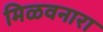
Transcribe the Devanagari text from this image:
मिळवनारा